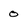
Character: 0